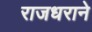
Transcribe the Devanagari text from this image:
राजधराने